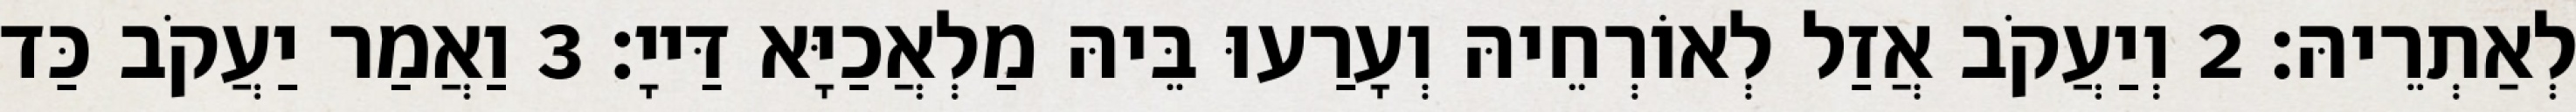
לְאַתְרֵיהּ׃ 2 וְיַעֲקֹב אֲזַל לְאוֹרְחֵיהּ וְעָרַעוּ בֵּיהּ מַלְאֲכַיָּא דַּייָ׃ 3 וַאֲמַר יַעֲקֹב כַּד